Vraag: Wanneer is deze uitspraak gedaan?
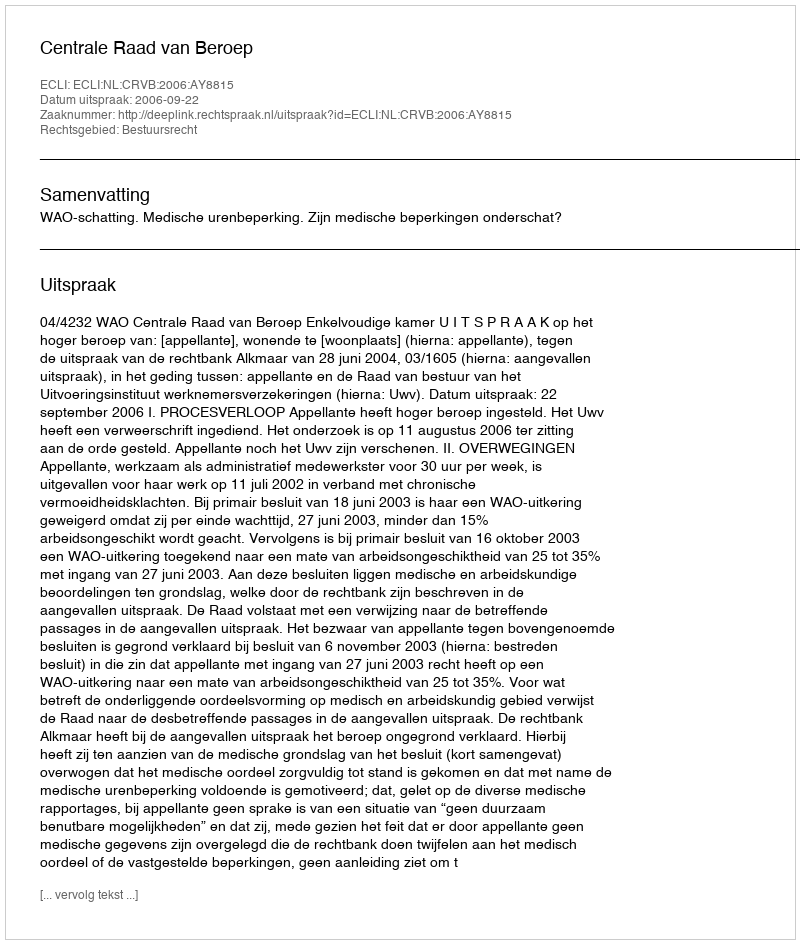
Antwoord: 2006-09-22